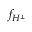
f _ { H ^ { \bot } }